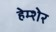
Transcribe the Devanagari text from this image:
हेम्शेर